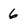
Character: 6